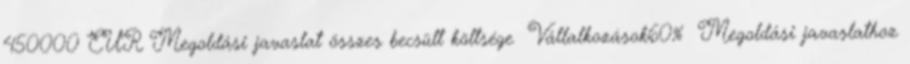
450000 EUR▪Megoldási javaslat összes becsült költsége ▪Vállalkozások60% ▪Megoldási javaslathoz